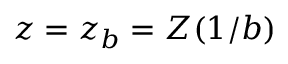
z = z _ { b } = Z ( 1 / b )